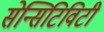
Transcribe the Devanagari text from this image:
सेन्सिटिविटी